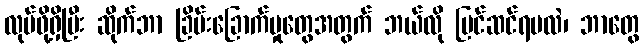
လုပ်ဖို့ရှိပြီး ဆိုက်ဘာ ခြိမ်းခြောက်မှုတွေအတွက် ဘယ်လို ပြင်ဆင်ရမလဲ၊ ဘာတွေ